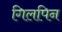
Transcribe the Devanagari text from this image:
गिलपिन